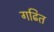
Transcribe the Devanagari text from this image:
गढित